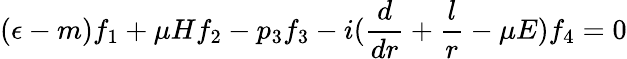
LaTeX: (\epsilon-m)f_{1}+\mu Hf_{2}-p_{3}f_{3}-i(\frac{d}{dr}+\frac{l}{r}-\mu E)f_{4}=0